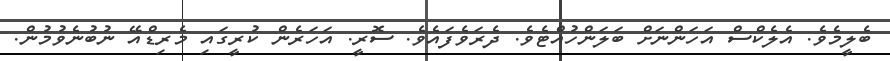
ބެލީމެވެ. އެލެކްސް އަހަންނަށް ބަލަންހުއްޓެވެ. ދެރަވެފައެވެ. ސޮރީ. އަހަރެން ކުރީގައި މެރިޑްއޭ ނުބުނެވުމުން.